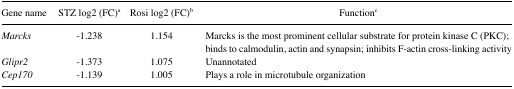
<table><thead><tr><td><b>Gene name</b></td><td><b>STZ log2 (FC)a</b></td><td><b>Rosi log2 (FC)b</b></td><td><b>Functionc</b></td></tr></thead><tbody><tr><td><i>Marcks</i></td><td>−1.238</td><td>1.154</td><td>Marcks is the most prominent cellular substrate for protein kinase C (PKC); binds to calmodulin, actin and synapsin; inhibits F-actin cross-linking activity</td></tr><tr><td><i>Glipr2</i></td><td>−1.373</td><td>1.075</td><td>Unannotated</td></tr><tr><td><i>Cep170</i></td><td>−1.139</td><td>1.005</td><td>Plays a role in microtubule organization</td></tr></tbody></table>